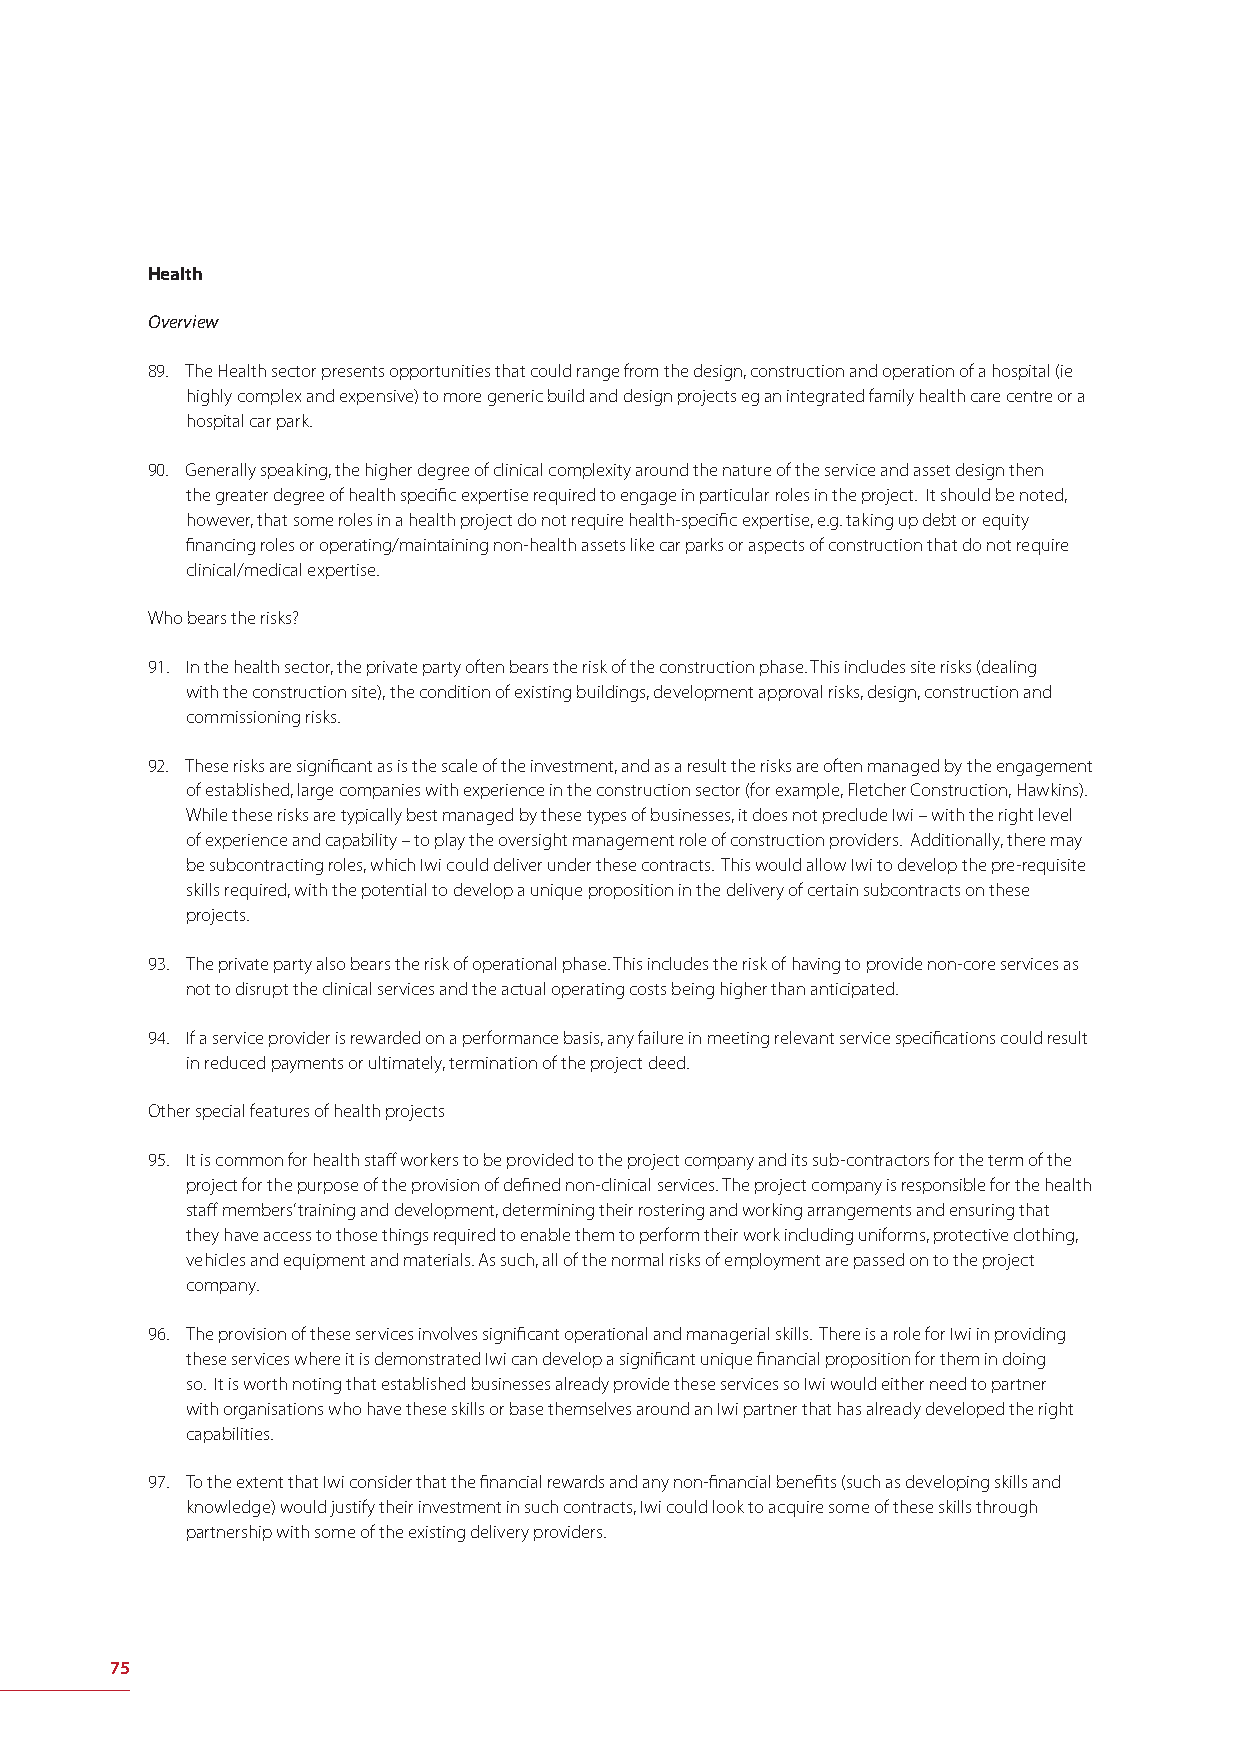
Health
 Overview
 89. The Health sector presents opportunities that could range from the design, construction and operation of a hospital (ie
 highly complex and expensive) to more generic build and design projects eg an integrated family health care centre or a
 hospital car park.
 90. Generally speaking, the higher degree of clinical complexity around the nature of the service and asset design then
 the greater degree of health specifi c expertise required to engage in particular roles in the project. It should be noted,
 however, that some roles in a health project do not require health-specifi c expertise, e.g. taking up debt or equity
 fi nancing roles or operating/maintaining non-health assets like car parks or aspects of construction that do not require
 clinical/medical expertise.
 Who bears the risks?
 91. In the health sector, the private party often bears the risk of the construction phase. This includes site risks (dealing
 with the construction site), the condition of existing buildings, development approval risks, design, construction and
 commissioning risks.
 92. These risks are signifi cant as is the scale of the investment, and as a result the risks are often managed by the engagement
 of established, large companies with experience in the construction sector (for example, Fletcher Construction, Hawkins).
 While these risks are typically best managed by these types of businesses, it does not preclude Iwi – with the right level
 of experience and capability – to play the oversight management role of construction providers. Additionally, there may
 be subcontracting roles, which Iwi could deliver under these contracts. This would allow Iwi to develop the pre-requisite
 skills required, with the potential to develop a unique proposition in the delivery of certain subcontracts on these
 projects.
 93. The private party also bears the risk of operational phase. This includes the risk of having to provide non-core services as
 not to disrupt the clinical services and the actual operating costs being higher than anticipated.
 94. If a service provider is rewarded on a performance basis, any failure in meeting relevant service specifi cations could result
 in reduced payments or ultimately, termination of the project deed.
 Other special features of health projects
 95. It is common for health staff workers to be provided to the project company and its sub-contractors for the term of the
 project for the purpose of the provision of defi ned non-clinical services. The project company is responsible for the health
 staff members’ training and development, determining their rostering and working arrangements and ensuring that
 they have access to those things required to enable them to perform their work including uniforms, protective clothing,
 vehicles and equipment and materials. As such, all of the normal risks of employment are passed on to the project
 company.
 96. The provision of these services involves signifi cant operational and managerial skills. There is a role for Iwi in providing
 these services where it is demonstrated Iwi can develop a signifi cant unique fi nancial proposition for them in doing
 so. It is worth noting that established businesses already provide these services so Iwi would either need to partner
 with organisations who have these skills or base themselves around an Iwi partner that has already developed the right
 capabilities.
 97. To the extent that Iwi consider that the fi nancial rewards and any non-fi nancial benefi ts (such as developing skills and
 knowledge) would justify their investment in such contracts, Iwi could look to acquire some of these skills through
 partnership with some of the existing delivery providers.
 75